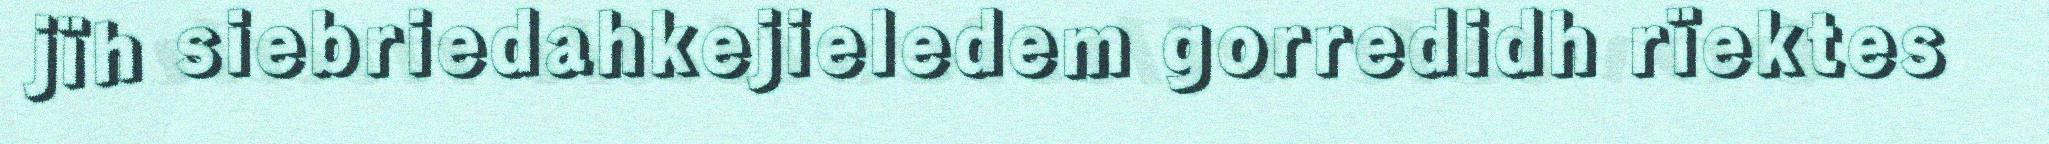
jïh siebriedahkejieledem gorredidh rïektes